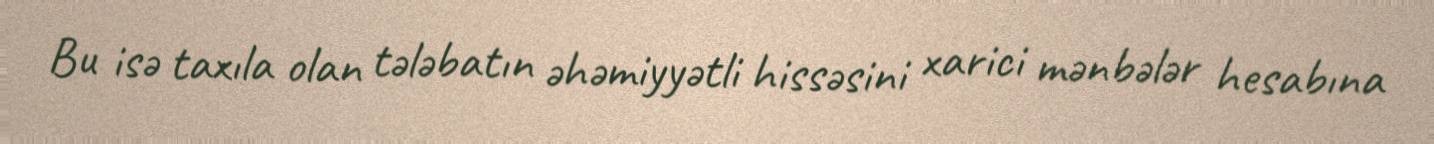
Bu isə taxıla olan tələbatın əhəmiyyətli hissəsini xarici mənbələr hesabına